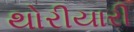
થોરીયારી